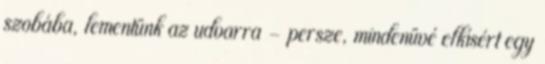
szobába, lementünk az udvarra - persze, mindenüvé elkísért egy